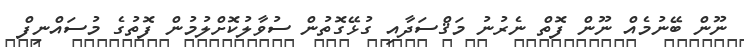
ނޫން ބޭނުމެއް ނޫން ފޮތް ނެރުނު މަޤްސަދާއި ގުޅޭގޮތުން ސުވާލުކޮށްލުމުން ފޮތުގެ މުސައްނިފް